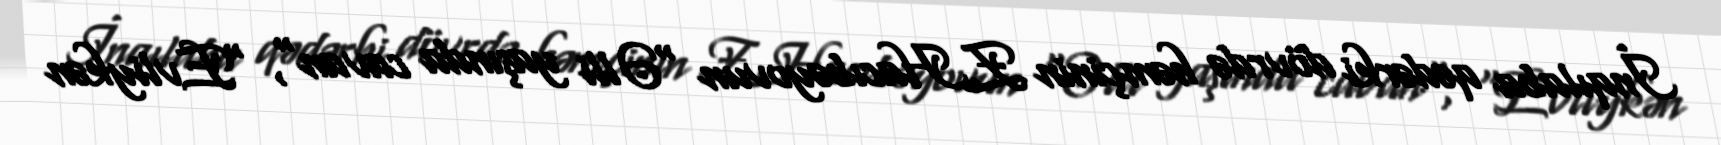
İnqılaba qədərki dövrdə həmçinin Z.Hacıbəyovun "Əlli yaşında cavan", "Evliykən